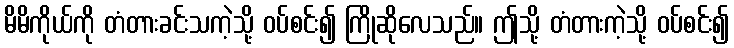
မိမိကိုယ်ကို တံတားခင်းသကဲ့သို့ ဝပ်စင်း၍ ကြိုဆိုလေသည်။ ဤသို့ တံတားကဲ့သို့ ဝပ်စင်း၍